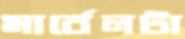
মার্বেলটা